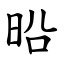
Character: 㫟